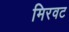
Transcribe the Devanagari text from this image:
मिरवट